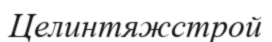
Целинтяжстрой